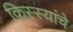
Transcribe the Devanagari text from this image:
किस्स्यांचे